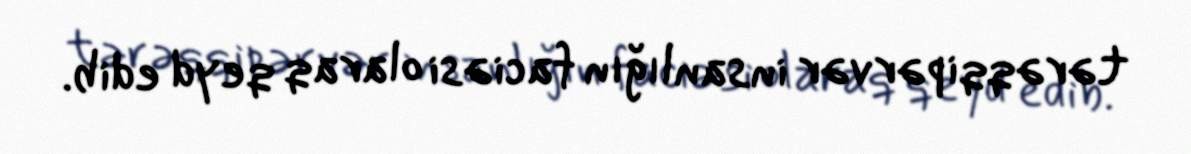
tərəqqipərvər insanlığın faciəsi olaraq qeyd edib.